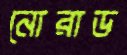
নোরাড